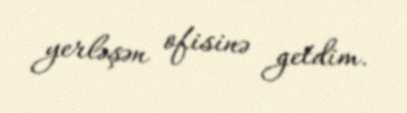
yerləşən ofisinə getdim.